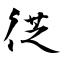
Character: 徔